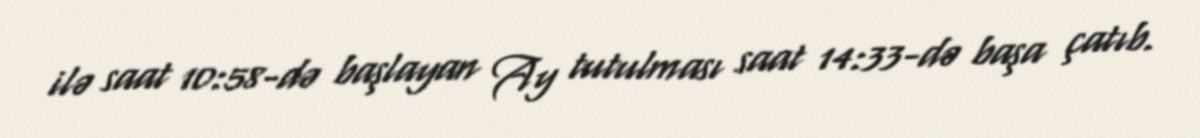
ilə saat 10:58-də başlayan Ay tutulması saat 14:33-də başa çatıb.